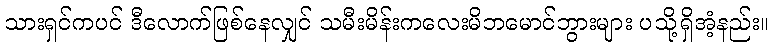
သားရှင်ကပင် ဒီလောက်ဖြစ်နေလျှင် သမီးမိန်းကလေးမိဘမောင်ဘွားများ ပသို့ရှိအံ့နည်း။